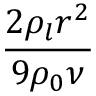
\frac { 2 \rho _ { l } r ^ { 2 } } { 9 \rho _ { 0 } \nu }